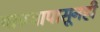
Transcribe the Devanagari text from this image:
पाण्यापासूनही